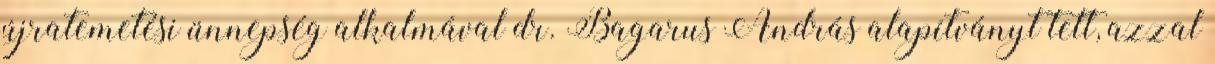
újratemetési ünnepség alkalmával dr. Bagarus András alapítványt tett, azzal